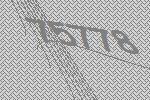
75778